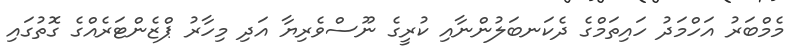
މެމްބަރު އަހްމަދު ހައިތަމްގެ ދެކަނބަލުންނާއި ކުރީގެ ނޫސްވެރިޔާ އަދި މިހާރު ޕްޒެންޓަރެއްގެ ގޮތުގައި